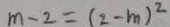
m - 2 = ( 2 - m ) ^ { 2 }